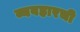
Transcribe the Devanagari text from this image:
व्यवहारची